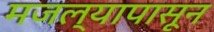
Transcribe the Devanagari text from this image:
मजल्यापासून